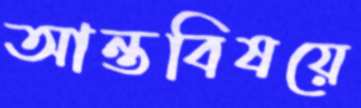
আন্তবিষয়ে